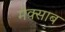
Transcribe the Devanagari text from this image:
मेक्साब